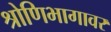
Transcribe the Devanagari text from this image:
श्रोणिभागावर